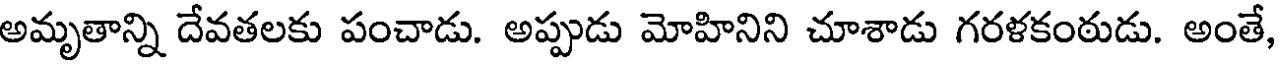
అమృతాన్ని దేవతలకు పంచాడు. అప్పుడు మోహినిని చూశాడు గరళకంఠుడు. అంతే,